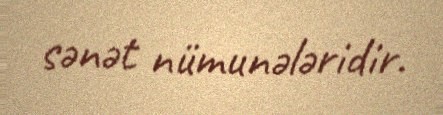
sənət nümunələridir.